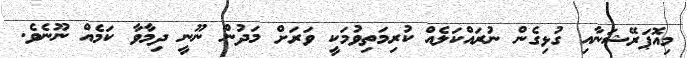
މިއޮޕަރޭޝަނާއި ގުޅިގެން ނުރައްކަލެއް ކުރިމަތިވުމަކީ ވަރަށް މަދުން ނޫނީ ދިމާވާ ކަމެއް ނޫނެވެ.